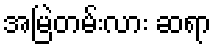
အမြဲတမ်းလား ဆရာ